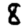
Digit: 8